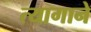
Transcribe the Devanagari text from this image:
त्यागाने